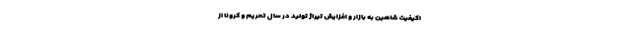
اکیفیت شاهین به بازار و افزايش تیراژ توليد در سال تحریم و کرونا از